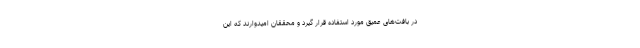
در بافت‌های عمیق مورد استفاده قرار گیرد و محققان امیدوارند که این